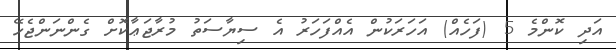
އަދި ކޮންމެ 5 (ފަހެއް) އަހަރަކުން އެއްފަހަރު އެ ސިޔާސަތު މުރާޖަޢާކޮށް ގެންނަންޖެހޭ